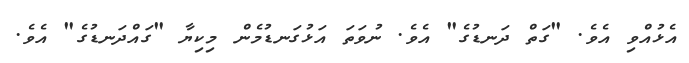
އެޅުއްވި އެވެ. "ގަތް ދަނޑުގެ" އެވެ. ނުވަތަ އަޅުގަނޑުމެން މިކިޔާ "ގައްދަނޑުގެ" އެވެ.